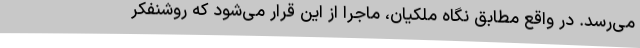
می‌رسد. در واقع مطابق نگاه ملکیان، ماجرا از این قرار می‌شود که روشنفکر